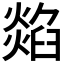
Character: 𤏭